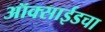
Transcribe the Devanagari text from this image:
ऑक्साईडचा